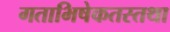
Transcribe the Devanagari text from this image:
गताभिषेकतस्तथा